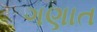
ગણાત